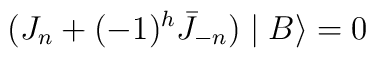
(J_n+(-1)^h\bar{J}_{-n})\mid B\rangle=0